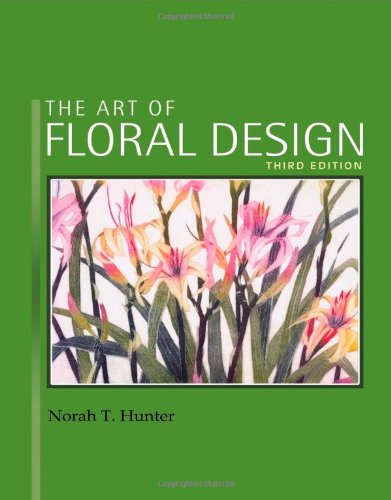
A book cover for The Art of Floral Design; Norah T. Hunter; Crafts, Hobbies & Home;